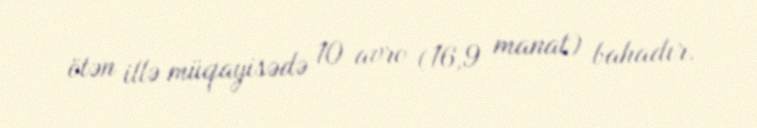
ötən illə müqayisədə 10 avro (16,9 manat) bahadır.